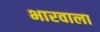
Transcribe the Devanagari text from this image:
भारवाला